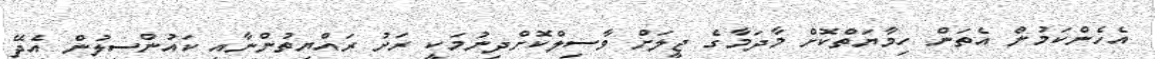
އެހެންކަމުން އެތަން ހިމާޔަތްކޮށް މާދަމާގެ ޖީލަށް ވާސިލްކޮށްދިނުމަކީ ރަށު ރައްޔިތުންނާއި ކައުންސިލުން އެދޭ